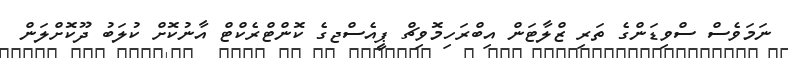
ނަމަވެސް ސްވިޑަންގެ ތަރި ޒްލާޓަން އިބްރަހިމޮވިޗް ޕީއެސްޖގެ ކޮންޓްރެކްޓް އާނުކޮށް ކުލަބު ދޫކޮށްލަން